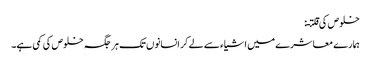
خلوص کی قلتـ:
ہمار ے معاشرے میں اشیاء سے لے کر انسانوں تک ہر جگہ خلوص کی کمی ہے۔